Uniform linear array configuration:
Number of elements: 8
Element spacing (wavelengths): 0.75
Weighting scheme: cosine
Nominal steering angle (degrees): -45
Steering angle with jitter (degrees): -44.272
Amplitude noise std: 0.05
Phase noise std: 0.05

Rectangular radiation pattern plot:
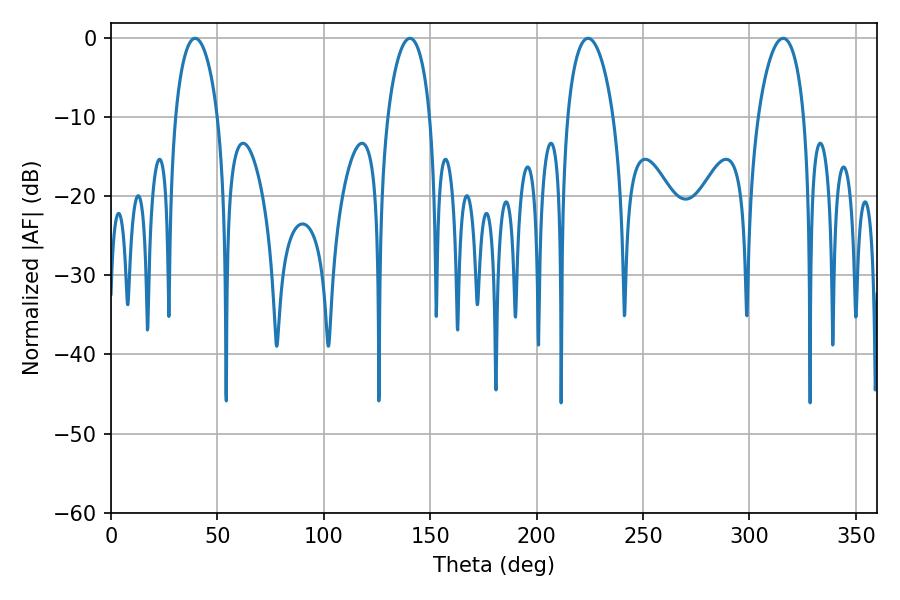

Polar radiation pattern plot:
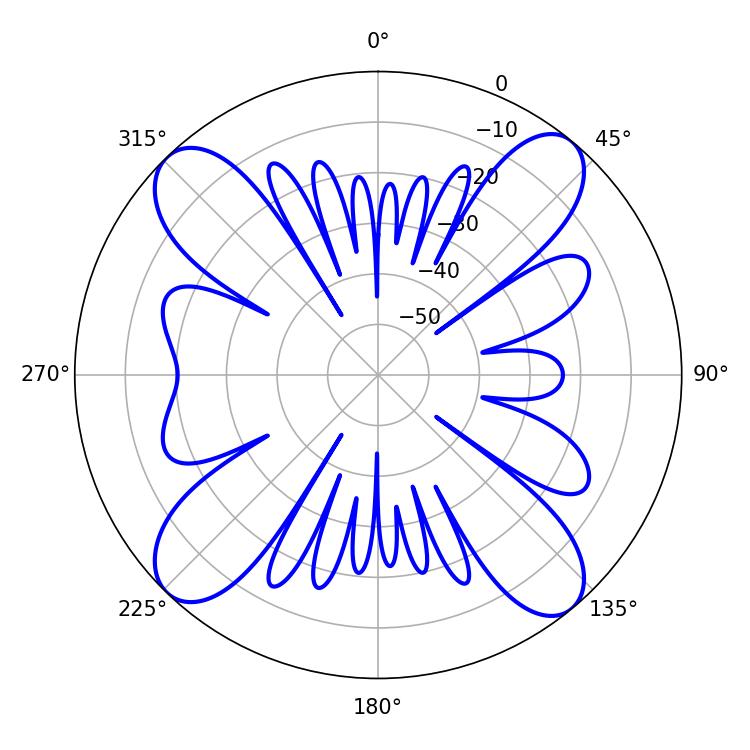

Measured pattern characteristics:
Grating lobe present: TRUE
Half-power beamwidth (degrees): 12.42
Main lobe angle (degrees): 224.1